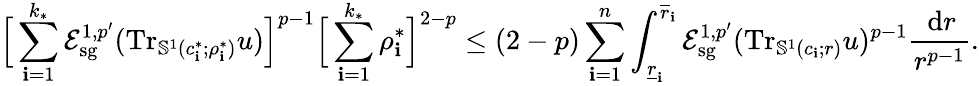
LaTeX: \Big[\sum_{\mathbf{i}=1}^{k_{*}}\mathcal{E}_{\mathrm{{sg}}}^{1,p^{\prime}}(\mathrm{{Tr}}_{\mathbb{S}^{1}(c_{\mathbf{i}}^{*};\rho_{\mathbf{i}}^{*})}u)\Big]^{p-1}\Big[\sum_{\mathbf{i}=1}^{k_{*}}\rho_{\mathbf{i}}^{*}\Big]^{2-p}\leq(2-p)\sum_{\mathbf{i}=1}^{n}\int_{\underline{{{r}}}_{\mathbf{i}}}^{\overline{{{r}}}_{\mathbf{i}}}\mathcal{E}_{\mathrm{{sg}}}^{1,p^{\prime}}(\mathrm{{Tr}}_{\mathbb{S}^{1}(c_{\mathbf{i}};r)}u)^{p-1}\frac{{\, \mathrm{d}r}}{{r^{p-1}}}.